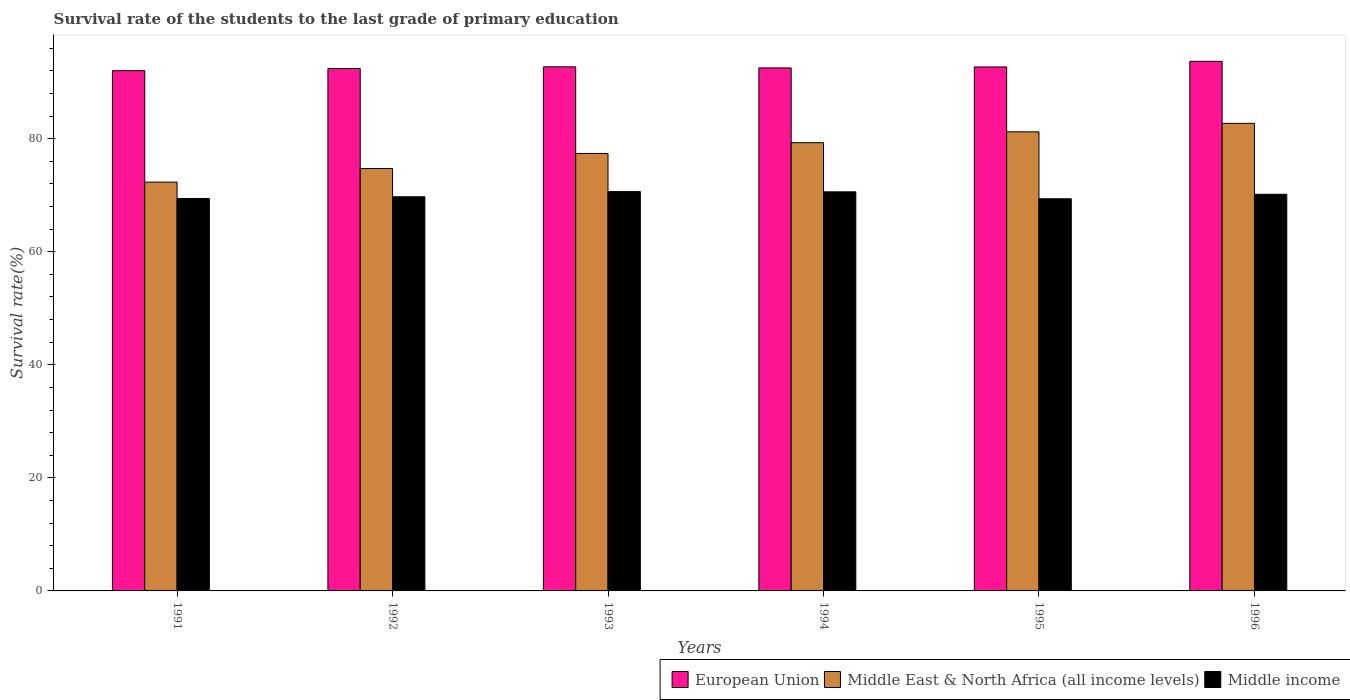
| Years | European Union | Middle East & North Africa (all income levels) | Middle income |
 | --- | --- | --- | --- |
 | 1991 | 92 | 72.3 | 69.4 |
 | 1992 | 92.4 | 74.7 | 69.7 |
 | 1993 | 92.7 | 77.4 | 70.6 |
 | 1994 | 92.5 | 79.3 | 70.6 |
 | 1995 | 92.7 | 81.2 | 69.4 |
 | 1996 | 93.7 | 82.7 | 70.2 |